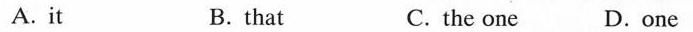
A. it B.that C. the one D.one